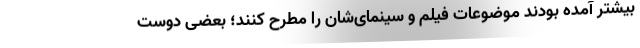
بیشتر آمده بودند موضوعات فیلم و سینمای‌شان را مطرح کنند؛ بعضی دوست